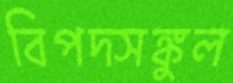
বিপদ্‌সঙ্কুল